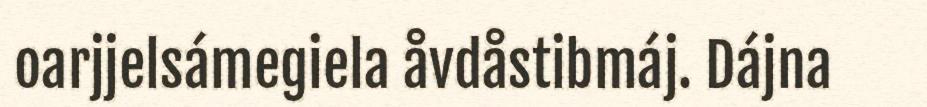
oarjjelsámegiela åvdåstibmáj. Dájna